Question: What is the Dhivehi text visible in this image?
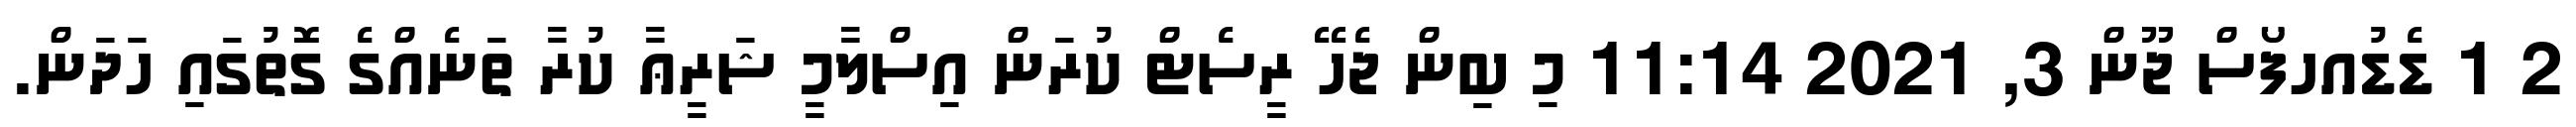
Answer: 2 1 ޑެޑުއހފޯސް ޖޫން 3, 2021 11:14 މި ބިން ޖެހޭ ރީސެޓް ކުރަން އިސްލާމީ ޝަރީޢާ ކުރާ ތަނެއްގެ ގޮތުގައި ހަދަން.